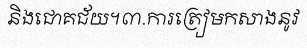
និងជោគជ័យ។៣.ការត្រៀមកសាងនូវ